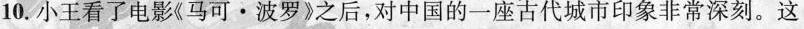
10.小王看了电影《马可·波罗》之后，对中国的一座古代城市印象非常深刻。这